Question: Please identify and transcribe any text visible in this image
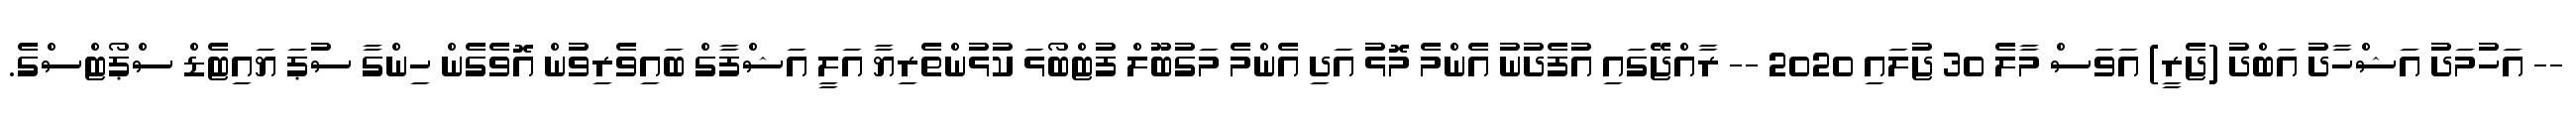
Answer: -- އަހުމަދު އަޝްހާދު އަބްދު (ޖެރީ) އަވަސް މާލެ 30 ޖުލައި 2020 -- ރާއްޖޭގައި އުފެދުނު އެންމެ މޮޅު އަދި އެންމެ މަގުބޫލް ފުޓްބޯޅަ ކުޅުންތެރިޔާ އަލީ އަޝްފާގް ބައިވެރިވުން އޮވެގެން ހިންގާ ސުޕަ ޔައިޓެޑް ސްޕޯޓްސްގެ.